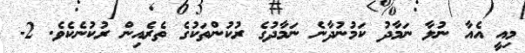
މިއީ އެއާ ނުލާ ނަމާދު ކަމުނުދާނެ ނަމާދުގެ ރުކުންތަކުގެ ތެރެއިން ރުކުނެކެވެ. 2-